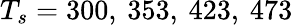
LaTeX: T_{s}=300,{\: }353,{\: }423,{\: }473{\: }